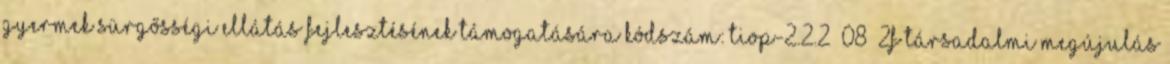
gyermek sürgősségi ellátás fejlesztésének támogatására Kódszám: TIOP-2.2.2 08 2F Társadalmi Megújulás